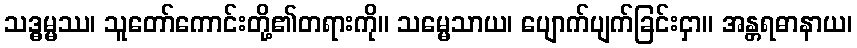
သဒ္ဓမ္မဿ၊ သူတော်ကောင်းတို့၏တရားကို။ သမ္မေသာယ၊ ပျောက်ပျက်ခြင်းငှာ။ အန္တရဓာနာယ၊